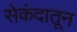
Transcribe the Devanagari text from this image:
सेकंदातून